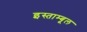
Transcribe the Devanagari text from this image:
इस्ताम्बूल